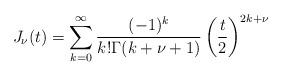
LaTeX: \begin{align*}J_\nu(t) = \sum_{k=0}^\infty \frac{(-1)^k}{k!\Gamma(k+\nu+1)}\left(\frac{t}{2}\right)^{2k+\nu}\end{align*}